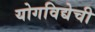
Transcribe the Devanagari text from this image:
योगविद्येची